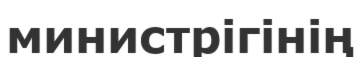
министрігінің